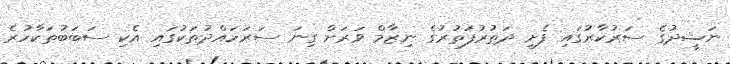
ނަޝީދުގެ ސަރުކާރުގައި ފެށި ދަތުރުފަތުރުގެ ނިޒާމް ވަރަށް ގިނަ ސަރަހައްދުތަކުގައި އެކި ސަބަބުތަކާހުރެ